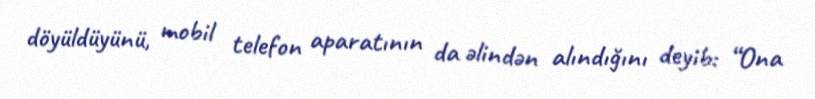
döyüldüyünü, mobil telefon aparatının da əlindən alındığını deyib: “Ona